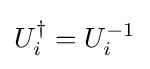
U_{i}^{\dagger }=U_{i}^{-1}